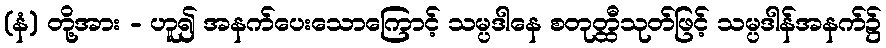
(နံ) တို့အား - ဟူ၍ အနက်ပေးသောကြောင့် သမ္ပဒါနေ စတုတ္ထီသုတ်ဖြင့် သမ္ပဒါန်အနက်၌